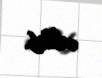
edilib.